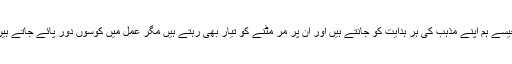
جیسے ہم اپنے مذہب کی ہر ہدایت کو جانتے ہیں اور ان پر مر مٹنے کو تیار بھی رہتے ہیں مگر عمل میں کوسوں دور پائے جاتے ہیں۔